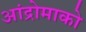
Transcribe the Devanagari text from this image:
आंद्रोमाको